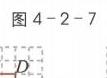
图4 - 2 - 7
\(D\)